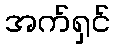
အက်ရှင်